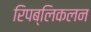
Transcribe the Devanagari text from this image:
रिपब्लिकलन